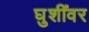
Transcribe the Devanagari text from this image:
घुशींवर